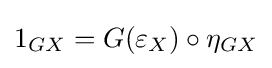
1_{GX}=G(\varepsilon _{X})\circ \eta _{GX}